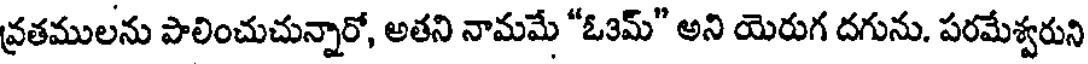
వ్రతములను పాలించుచున్నారో, అతని నామమే "ఓ3మ్" అని యెరుగ దగును. పరమేశ్వరుని